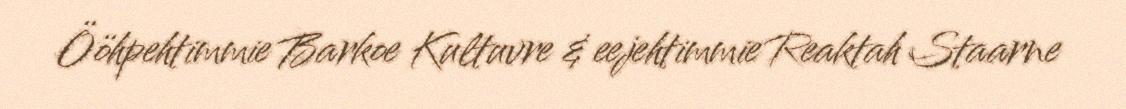
Ööhpehtimmie Barkoe Kultuvre & eejehtimmie Reaktah Staarne